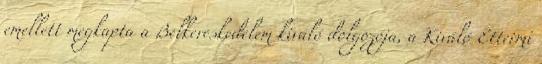
emellett megkapta a Belkereskedelem kiváló dolgozója, a Kiváló Éttermi